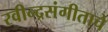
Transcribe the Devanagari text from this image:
रवीन्द्रसंगीताचे